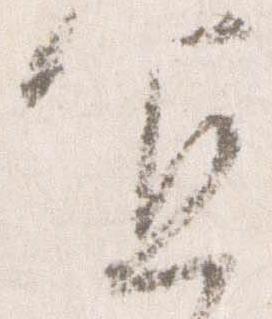
宜